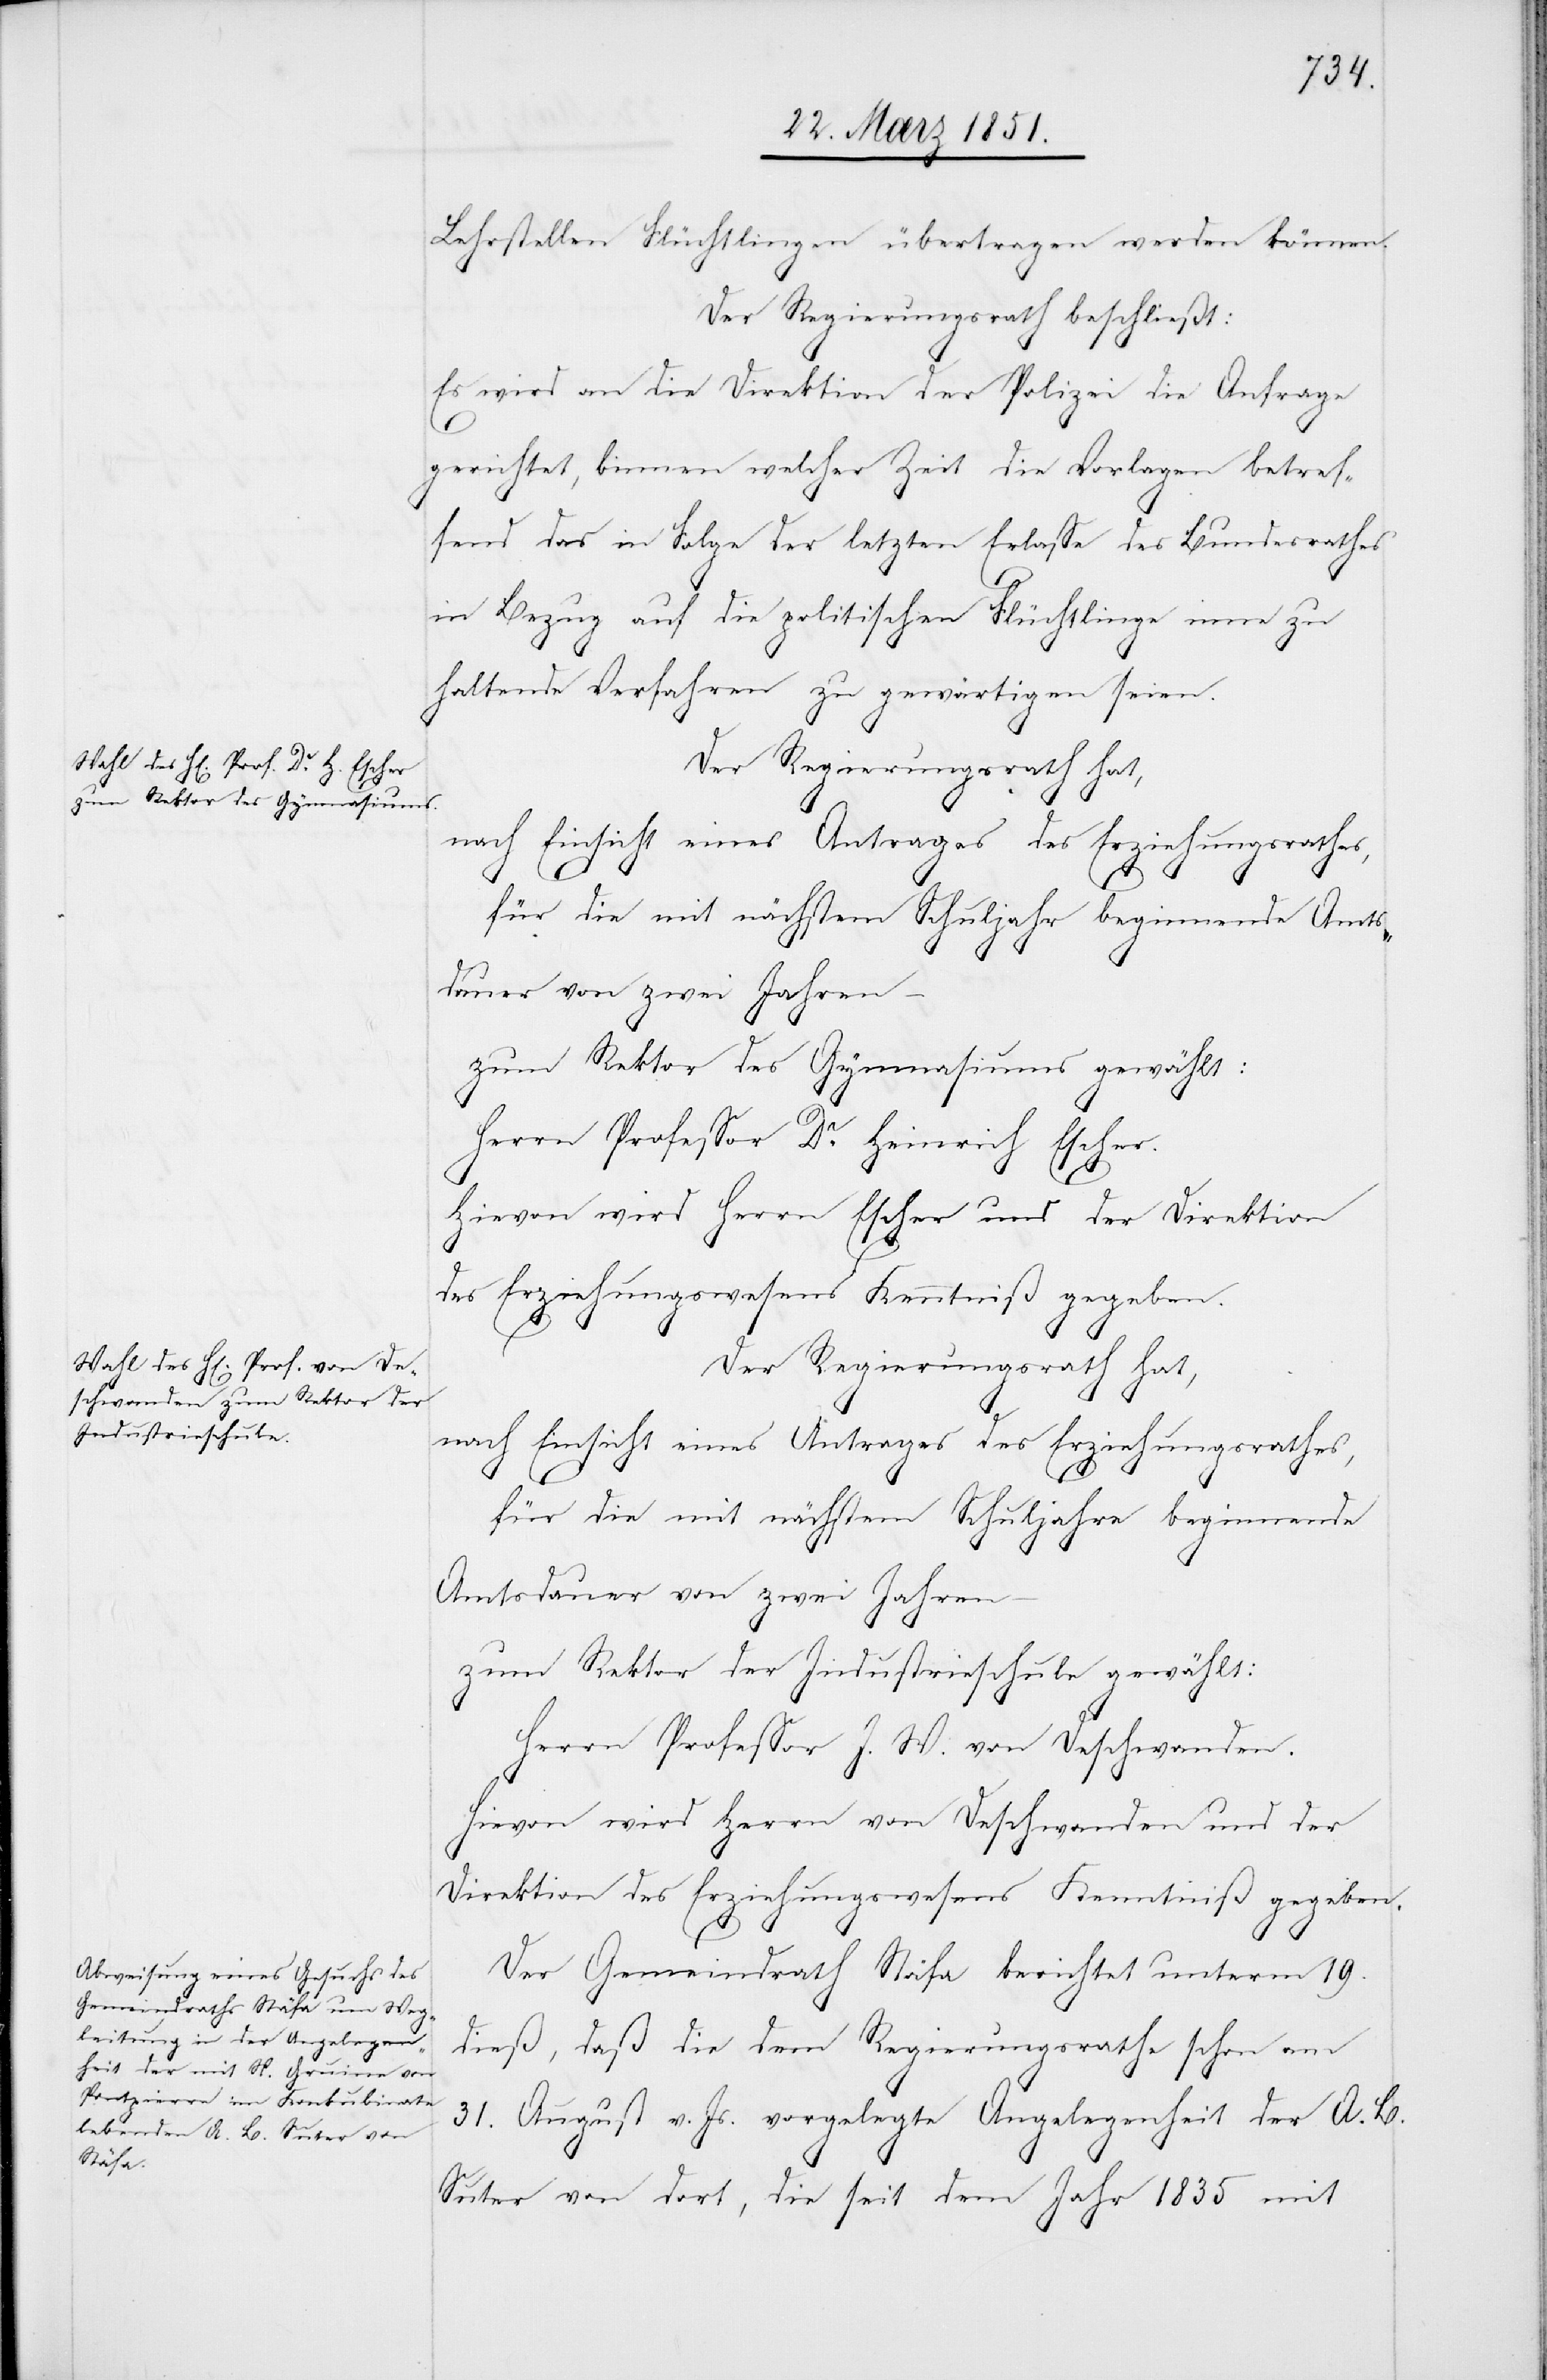
Lehrstellen Flüchtlingen übertragen werden können.
Der Regierungsrath beschließt:
Es wird an die Direktion der Polizei die Anfrage
gerichtet, binnen welcher Zeit die Vorlagen betref¬
fend das in Folge der letzten Erlasse des Bundesrathes
in Bezug auf die politischen Flüchtlinge inne zu
haltende Verfahren zu gewärtigen seien.
Der Regierungsrath hat,
nach Einsicht eines Antrages des Erziehungsrathes,
für die mit nächstem Schuljahr beginnende Amts¬
dauer von zwei Jahren –
zum Rektor des Gymnasiums gewählt:
Herrn Professor Dr. Heinrich Escher.
Hievon wird Herrn Escher und der Direktion
des Erziehungswesens Kenntniß gegeben.
Der Regierungsrath hat,
nach Einsicht eines Antrages des Erziehungsrathes,
für die mit nächstem Schuljahre beginnende
Amtsdauer von zwei Jahren
zum Rektor der Industrieschule gewählt:
Herrn Professor J. W. von Deschwanden.
Hievon wird Herrn von Deschwanden und der
Direktion des Erziehungswesens Kenntniß gegeben.
Der Gemeindrath Stäfa berichtet unterm 19.
dieß, daß die dem Regierungsrathe schon am
31. August v. Js. vorgelegte Angelegenheit der A. B.
Suter von dort, die seit dem Jahr 1835 mit